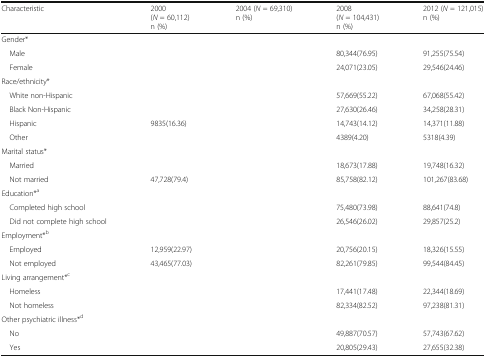
<table><thead><tr><td><b>Characteristic</b></td><td><b>2000(<i>N</i> = 60,112)n (%)</b></td><td><b>2004 (<i>N</i> = 69,310)n (%)</b></td><td><b>2008(<i>N</i> = 104,431)n (%)</b></td><td><b>2012 (<i>N</i> = 121,015)n (%)</b></td></tr></thead><tbody><tr><td colspan="5">Gender*</td></tr><tr><td> Male</td><td>[EMPTY_CELL]</td><td>[EMPTY_CELL]</td><td>80,344(76.95)</td><td>91,255(75.54)</td></tr><tr><td> Female</td><td>[EMPTY_CELL]</td><td>[EMPTY_CELL]</td><td>24,071(23.05)</td><td>29,546(24.46)</td></tr><tr><td colspan="5">Race/ethnicity*</td></tr><tr><td> White non-Hispanic</td><td>[EMPTY_CELL]</td><td>[EMPTY_CELL]</td><td>57,669(55.22)</td><td>67,068(55.42)</td></tr><tr><td> Black Non-Hispanic</td><td>[EMPTY_CELL]</td><td>[EMPTY_CELL]</td><td>27,630(26.46)</td><td>34,258(28.31)</td></tr><tr><td> Hispanic</td><td>9835(16.36)</td><td>[EMPTY_CELL]</td><td>14,743(14.12)</td><td>14,371(11.88)</td></tr><tr><td> Other</td><td>[EMPTY_CELL]</td><td>[EMPTY_CELL]</td><td>4389(4.20)</td><td>5318(4.39)</td></tr><tr><td colspan="5">Marital status*</td></tr><tr><td> Married</td><td>[EMPTY_CELL]</td><td>[EMPTY_CELL]</td><td>18,673(17.88)</td><td>19,748(16.32)</td></tr><tr><td> Not married</td><td>47,728(79.4)</td><td>[EMPTY_CELL]</td><td>85,758(82.12)</td><td>101,267(83.68)</td></tr><tr><td colspan="5">Education*<sup>a</sup></td></tr><tr><td> Completed high school</td><td>[EMPTY_CELL]</td><td>[EMPTY_CELL]</td><td>75,480(73.98)</td><td>88,641(74.8)</td></tr><tr><td> Did not complete high school</td><td>[EMPTY_CELL]</td><td>[EMPTY_CELL]</td><td>26,546(26.02)</td><td>29,857(25.2)</td></tr><tr><td colspan="5">Employment*<sup>b</sup></td></tr><tr><td> Employed</td><td>12,959(22.97)</td><td>[EMPTY_CELL]</td><td>20,756(20.15)</td><td>18,326(15.55)</td></tr><tr><td> Not employed</td><td>43,465(77.03)</td><td>[EMPTY_CELL]</td><td>82,261(79.85)</td><td>99,544(84.45)</td></tr><tr><td colspan="5">Living arrangement*<sup>c</sup></td></tr><tr><td> Homeless</td><td>[EMPTY_CELL]</td><td>[EMPTY_CELL]</td><td>17,441(17.48)</td><td>22,344(18.69)</td></tr><tr><td> Not homeless</td><td>[EMPTY_CELL]</td><td>[EMPTY_CELL]</td><td>82,334(82.52)</td><td>97,238(81.31)</td></tr><tr><td colspan="5">Other psychiatric illness*<sup>d</sup></td></tr><tr><td> No</td><td>[EMPTY_CELL]</td><td>[EMPTY_CELL]</td><td>49,887(70.57)</td><td>57,743(67.62)</td></tr><tr><td> Yes</td><td>[EMPTY_CELL]</td><td>[EMPTY_CELL]</td><td>20,805(29.43)</td><td>27,655(32.38)</td></tr></tbody></table>